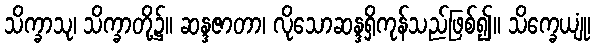
သိက္ခာသု၊ သိက္ခာတို့၌။ ဆန္ဒဇာတာ၊ လိုသောဆန္ဒရှိကုန်သည်ဖြစ်၍။ သိက္ခေယျုံ၊